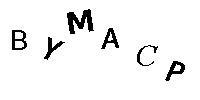
BYMACP